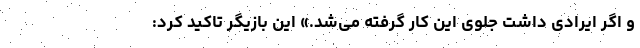
و اگر ایرادی داشت جلوی این کار گرفته می‌شد.» این بازیگر تاکید کرد: